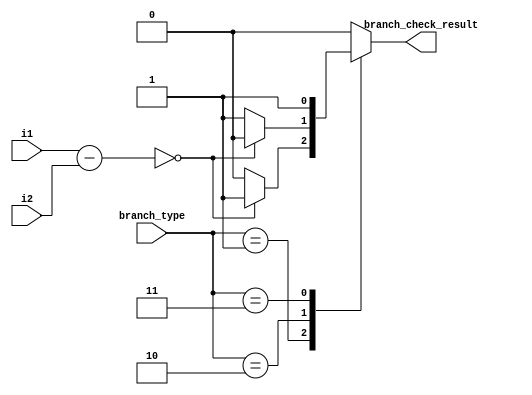
`timescale 1ns/1ns
module cond_check(
					input [1:0] branch_type,
					input [31:0]i1,
					input [31:0]i2,
					output reg branch_check_result
					);
reg [31:0]w=32'd1;
always@(*)begin
	branch_check_result = 1'b0;
	case(branch_type)
	2'b01 : begin w = i1 - i2; branch_check_result = (w == 32'b0) ? 1'b1 : 1'b0; end
	2'b10: begin w = i1 - i2; branch_check_result = (w == 32'b0) ? 1'b0 : 1'b1; end
	2'b11 : begin branch_check_result =1'b1; end
	default : branch_check_result =1'b0;
	endcase
end
					
endmodule